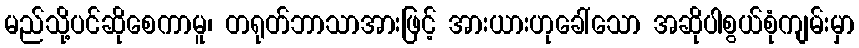
မည်သို့ပင်ဆိုစေကာမူ၊ တရုတ်ဘာသာအားဖြင့် အားယားဟုခေါ်သော အဆိုပါစွယ်စုံကျမ်းမှာ